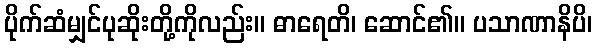
ပိုက်ဆံမျှင်ပုဆိုးတို့ကိုလည်း။ ဓာရေတိ၊ ဆောင်၏။ ပသာဏာနိပိ၊